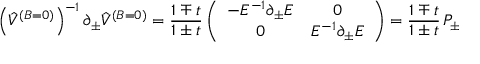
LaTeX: \left( \hat { V } ^ { ( B = 0 ) } \right) ^ { - 1 } \partial _ { \pm } \hat { V } ^ { ( B = 0 ) } = { \frac { 1 \mp t } { 1 \pm t } } \left( \begin{array} { c c } { { - E ^ { - 1 } \partial _ { \pm } E } } & { { 0 } } \\ { { 0 } } & { { E ^ { - 1 } \partial _ { \pm } E } } \end{array} \right) = { \frac { 1 \mp t } { 1 \pm t } } \, P _ { \pm }